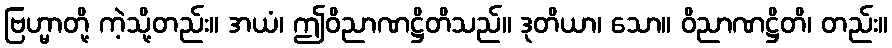
ဗြဟ္မာတို့ ကဲ့သို့တည်း။ အယံ၊ ဤဝိညာဏဋ္ဌိတိသည်။ ဒုတိယာ၊ သော။ ဝိညာဏဋ္ဌိတိ၊ တည်း။